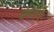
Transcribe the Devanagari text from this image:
चेपड़ियूं